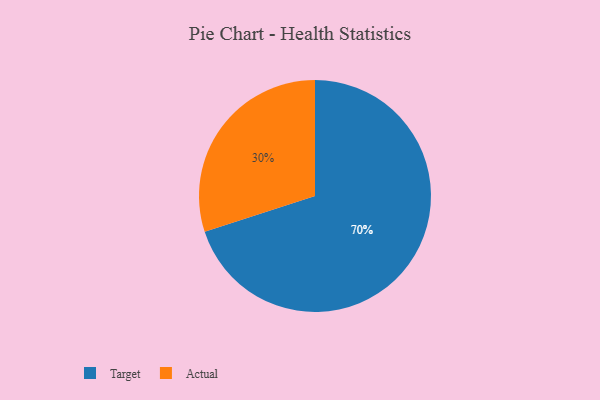
{"axis": {"x": "Category", "y": "Percentage"}, "legend": ["Actual", "Target"], "data": [{"x": "Target", "y": 70, "type": "Target"}, {"x": "Actual", "y": 30, "type": "Actual"}]}